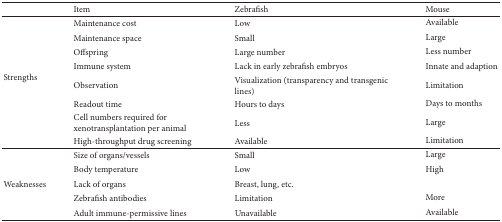
<table><thead><tr><td><b> </b></td><td><b>Item</b></td><td><b>Zebrafish</b></td><td><b>Mouse</b></td></tr></thead><tbody><tr><td rowspan="8">Strengths</td><td>Maintenance cost</td><td>Low</td><td>Available</td></tr><tr><td>Maintenance space</td><td>Small</td><td>Large</td></tr><tr><td>Offspring</td><td>Large number</td><td>Less number</td></tr><tr><td>Immune system</td><td>Lack in early zebrafish embryos</td><td>Innate and adaption</td></tr><tr><td>Observation</td><td>Visualization (transparency and transgenic lines)</td><td>Limitation</td></tr><tr><td>Readout time</td><td>Hours to days</td><td>Days to months</td></tr><tr><td>Cell numbers required for xenotransplantation per animal</td><td>Less</td><td>Large</td></tr><tr><td>High-throughput drug screening</td><td>Available</td><td>Limitation</td></tr><tr><td rowspan="5">Weaknesses</td><td>Size of organs/vessels</td><td>Small</td><td>Large</td></tr><tr><td>Body temperature</td><td>Low</td><td>High</td></tr><tr><td>Lack of organs</td><td>Breast, lung, etc.</td><td> </td></tr><tr><td>Zebrafish antibodies</td><td>Limitation</td><td>More</td></tr><tr><td>Adult immune-permissive lines</td><td>Unavailable</td><td>Available</td></tr></tbody></table>